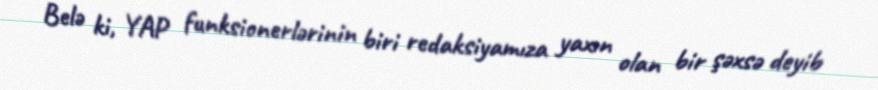
Belə ki, YAP funksionerlərinin biri redaksiyamıza yaxın olan bir şəxsə deyib